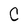
Character: C